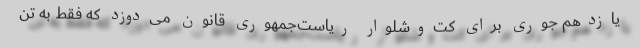
یازدهم جوری برای کت‌وشلوار ریاست‌جمهوری قانون می‌دوزد که فقط به تن